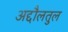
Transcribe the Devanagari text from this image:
अद्दौलतुल